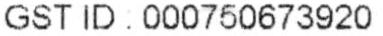
GST ID : 000750673920